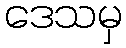
ဒေသမှ